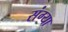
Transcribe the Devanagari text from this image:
संग्या